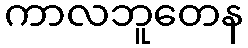
ကာလဘူတေန